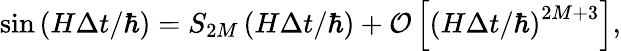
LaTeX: \sin\left(H\Delta t/\hbar\right)=S_{2M}\left(H\Delta t/\hbar\right)+{\cal O}\left[\left(H\Delta t/\hbar\right)^{2M+3}\right],